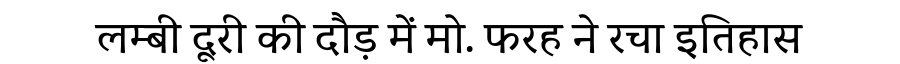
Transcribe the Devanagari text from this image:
लम्बी दूरी की दौड़ में मो. फरह ने रचा इतिहास